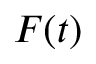
F ( t )